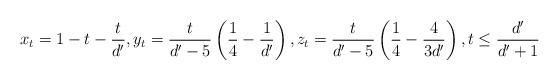
\begin{align*}x_t = 1 - t - \frac{t}{d'}, y_t = \frac{t}{d'-5} \left( \frac{1}{4} - \frac{1}{d'} \right), z_t = \frac{t}{d'-5} \left( \frac{1}{4} - \frac{4}{3 d'} \right), t \leq \frac{d'}{d'+1}\end{align*}